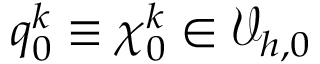
q _ { 0 } ^ { k } \equiv \boldsymbol { \chi } _ { 0 } ^ { k } \in \mathcal { V } _ { h , 0 }